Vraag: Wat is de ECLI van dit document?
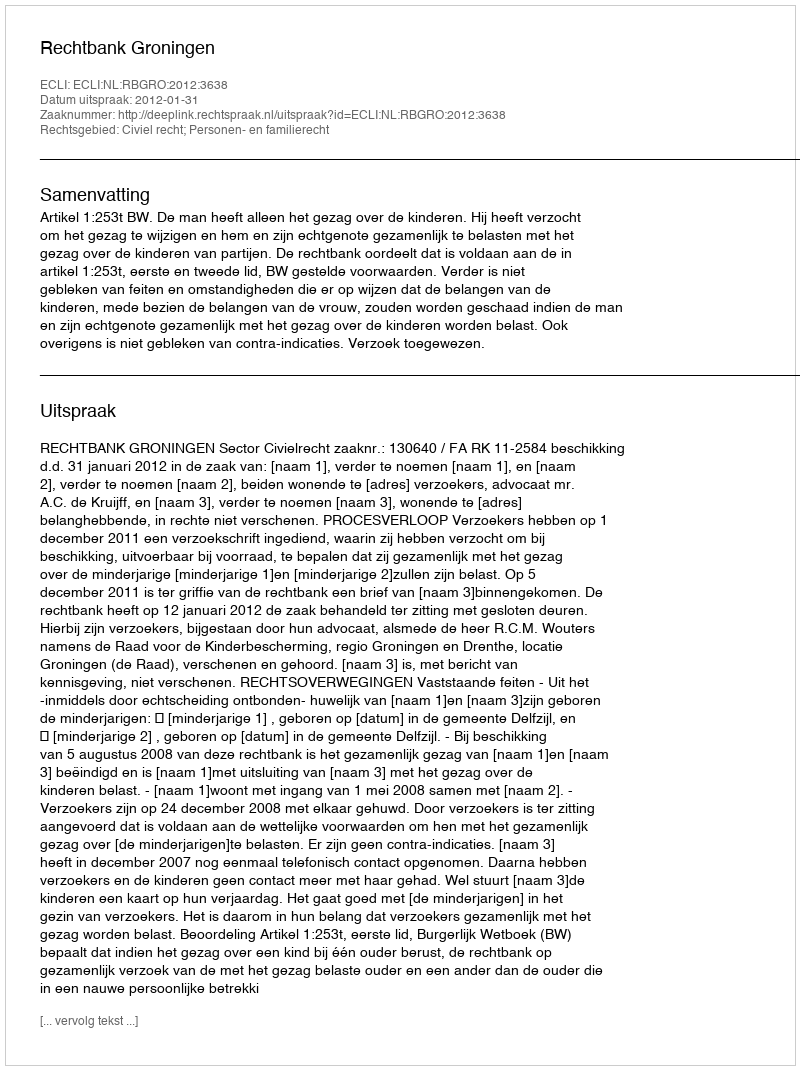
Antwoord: ECLI:NL:RBGRO:2012:3638